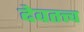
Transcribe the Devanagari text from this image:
देवतत्त्व